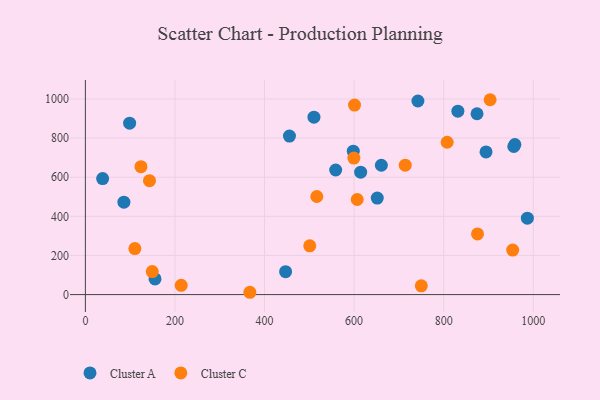
{"axis": {"x": "Investment", "y": "Profit"}, "legend": ["Cluster A", "Cluster C"], "data": [{"x": "660.8", "y": 661.2, "type": "Cluster A"}, {"x": "510.3", "y": 907.0, "type": "Cluster A"}, {"x": "874.4", "y": 924.3, "type": "Cluster A"}, {"x": "986.8", "y": 390.5, "type": "Cluster A"}, {"x": "98.8", "y": 875.9, "type": "Cluster A"}, {"x": "958.9", "y": 766.7, "type": "Cluster A"}, {"x": "894.5", "y": 729.0, "type": "Cluster A"}, {"x": "614.6", "y": 625.8, "type": "Cluster A"}, {"x": "598.1", "y": 733.1, "type": "Cluster A"}, {"x": "38.5", "y": 592.9, "type": "Cluster A"}, {"x": "155.5", "y": 79.8, "type": "Cluster A"}, {"x": "956.5", "y": 756.9, "type": "Cluster A"}, {"x": "455.6", "y": 810.4, "type": "Cluster A"}, {"x": "651.6", "y": 493.3, "type": "Cluster A"}, {"x": "558.8", "y": 636.8, "type": "Cluster A"}, {"x": "447.0", "y": 117.2, "type": "Cluster A"}, {"x": "86.0", "y": 472.5, "type": "Cluster A"}, {"x": "831.6", "y": 937.7, "type": "Cluster A"}, {"x": "742.4", "y": 989.6, "type": "Cluster A"}, {"x": "143.1", "y": 582.4, "type": "Cluster C"}, {"x": "110.5", "y": 235.4, "type": "Cluster C"}, {"x": "367.2", "y": 11.8, "type": "Cluster C"}, {"x": "124.1", "y": 653.6, "type": "Cluster C"}, {"x": "516.7", "y": 501.3, "type": "Cluster C"}, {"x": "903.6", "y": 996.0, "type": "Cluster C"}, {"x": "807.7", "y": 778.7, "type": "Cluster C"}, {"x": "600.9", "y": 968.7, "type": "Cluster C"}, {"x": "599.4", "y": 697.8, "type": "Cluster C"}, {"x": "149.3", "y": 117.5, "type": "Cluster C"}, {"x": "954.0", "y": 227.6, "type": "Cluster C"}, {"x": "213.9", "y": 47.1, "type": "Cluster C"}, {"x": "500.9", "y": 249.2, "type": "Cluster C"}, {"x": "875.5", "y": 309.8, "type": "Cluster C"}, {"x": "750.0", "y": 44.9, "type": "Cluster C"}, {"x": "606.9", "y": 486.0, "type": "Cluster C"}, {"x": "714.1", "y": 661.4, "type": "Cluster C"}]}